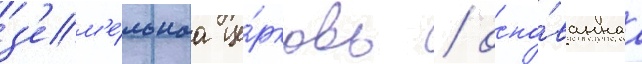
з'ем'е́льнаа це́рковь / осно́ваннаа